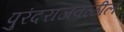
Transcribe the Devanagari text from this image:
पुरंदराजवळील